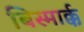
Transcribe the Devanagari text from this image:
बिस्मार्क्क